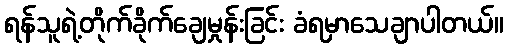
ရန်သူရဲ့တိုက်ခိုက်ချေမှုန်းခြင်း ခံရမှာသေချာပါတယ်။